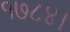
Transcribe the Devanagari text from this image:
१७८४।